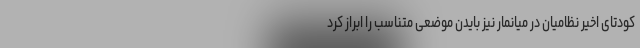
کودتای اخیر نظامیان در میانمار نیز بایدن موضعی متناسب را ابراز کرد